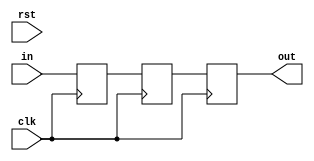
//syncornizer
module sync(in, rst, clk, out);
input in, clk, rst;
output out;
reg out;
reg sync_0, sync_1;

always@(posedge clk)
begin
sync_0 <= #1 in;
sync_1 <= #1 sync_0;
out <= #1 sync_1;
end 
endmodule